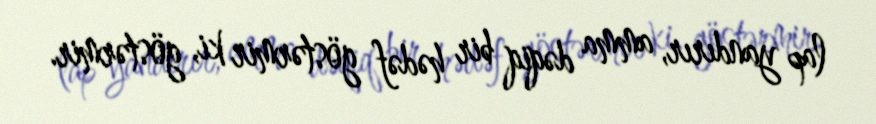
lap yandırır, amma dəqiq bir hədəf göstərmir ki, göstərmir.